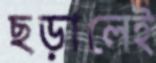
ছড়ালেই